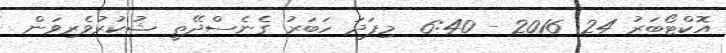
އޮކްޓޯބަރު 24